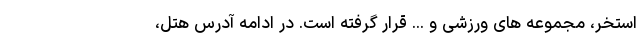
استخر، مجموعه های ورزشی و ... قرار گرفته است. در ادامه آدرس هتل،